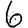
Digit: 6